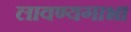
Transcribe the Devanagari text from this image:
लावण्यगाभा